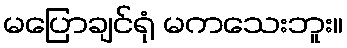
မပြောချင်ရုံ မကသေးဘူး။